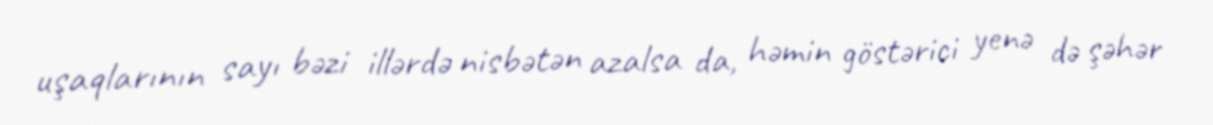
uşaqlarının sayı bəzi illərdə nisbətən azalsa da, həmin göstərici yenə də şəhər